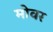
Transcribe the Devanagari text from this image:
मोवर